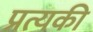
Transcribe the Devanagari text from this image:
प्रत्यकी